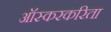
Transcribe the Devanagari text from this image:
ऑस्करकरिता